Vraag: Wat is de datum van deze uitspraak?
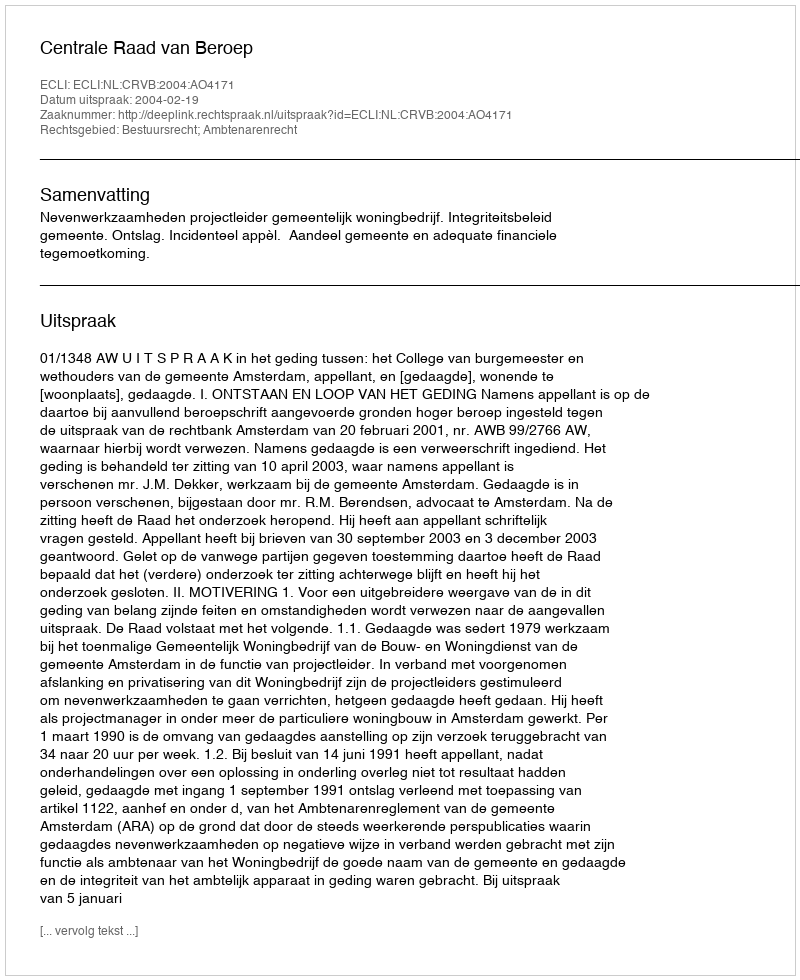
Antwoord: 2004-02-19